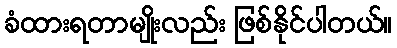
ခံထားရတာမျိုးလည်း ဖြစ်နိုင်ပါတယ်။